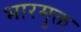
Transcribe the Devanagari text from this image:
भारमुक्त